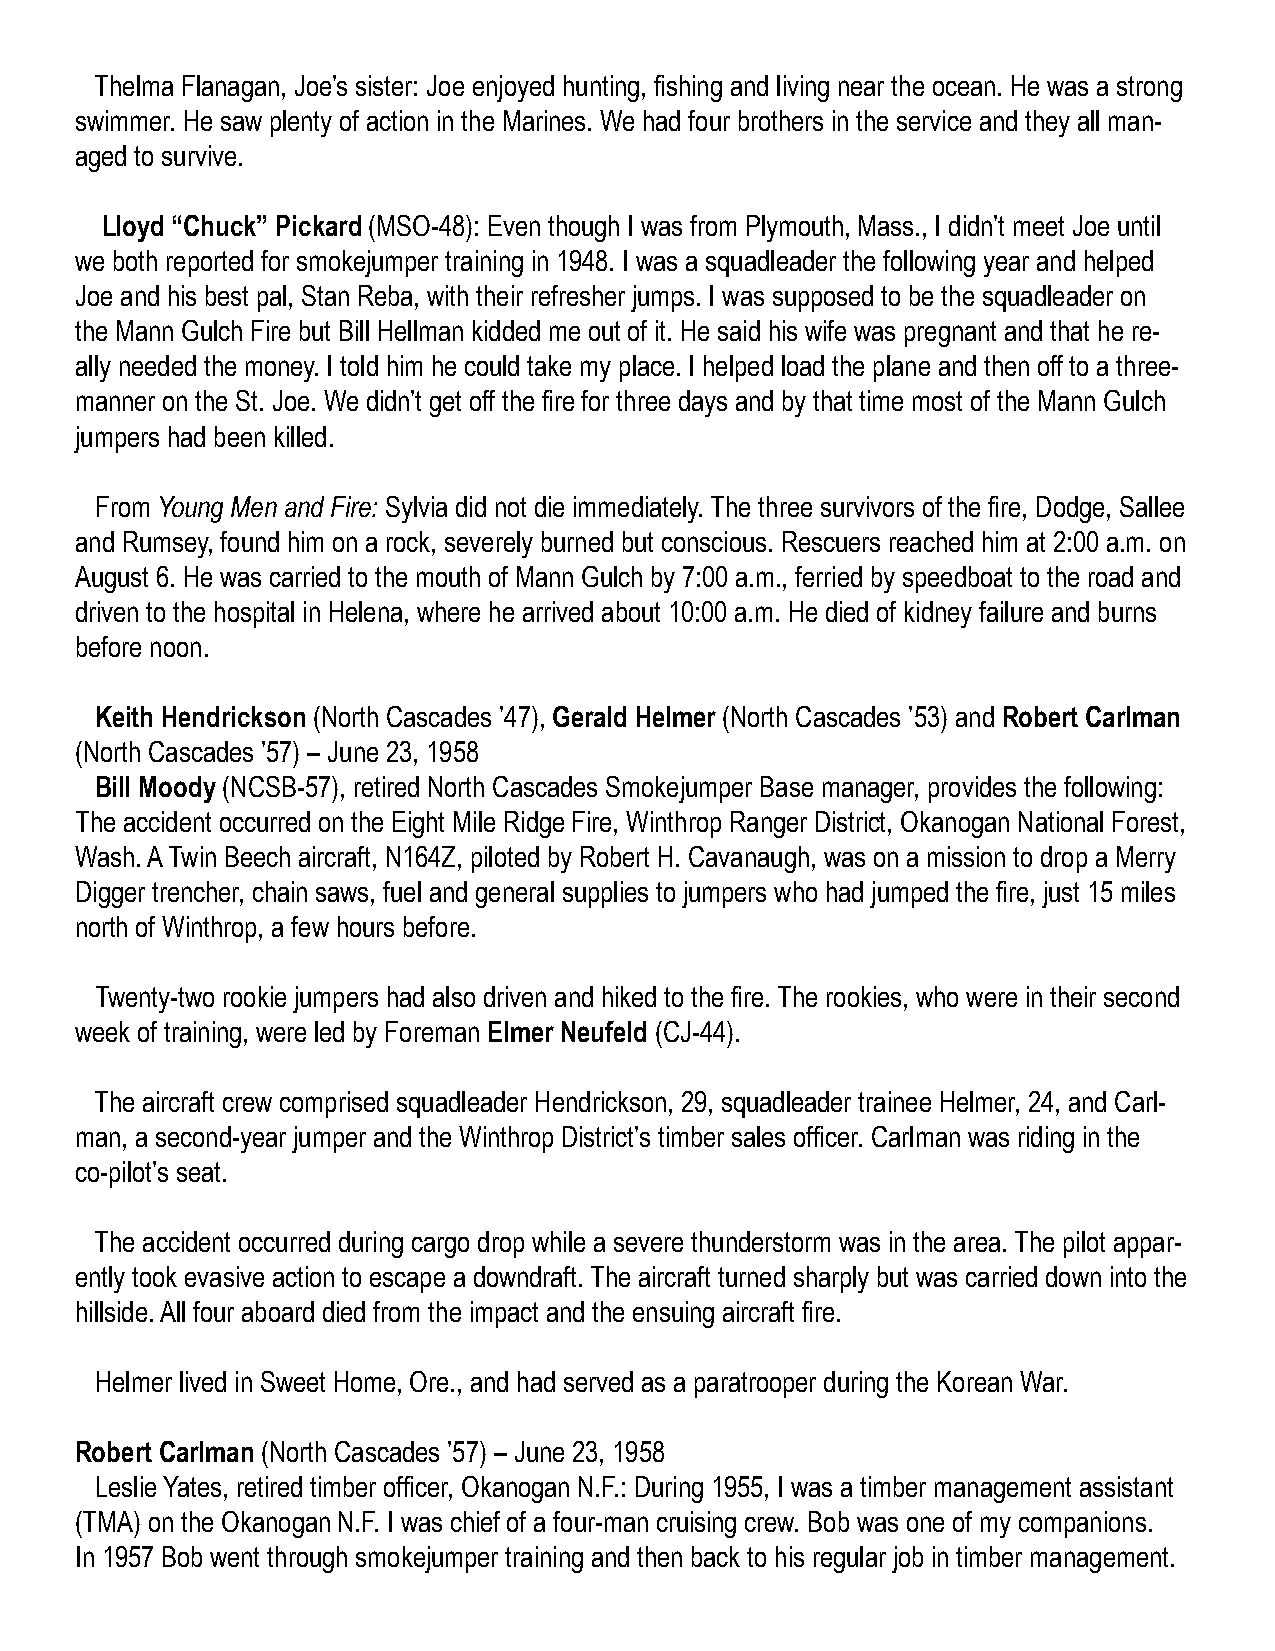
Thelma Flanagan, Joe’s sister: Joe enjoyed hunting, fishing and living near the ocean. He was a strong
 swimmer. He saw plenty of action in the Marines. We had four brothers in the service and they all man-
 aged to survive.
 Lloyd “Chuck” Pickard (MSO-48): Even though I was from Plymouth, Mass., I didn’t meet Joe until
 we both reported for smokejumper training in 1948. I was a squadleader the following year and helped
 Joe and his best pal, Stan Reba, with their refresher jumps. I was supposed to be the squadleader on
 the Mann Gulch Fire but Bill Hellman kidded me out of it. He said his wife was pregnant and that he re-
 ally needed the money. I told him he could take my place. I helped load the plane and then off to a three-
 manner on the St. Joe. We didn’t get off the fire for three days and by that time most of the Mann Gulch
 jumpers had been killed.
 From Young Men and Fire: Sylvia did not die immediately. The three survivors of the fire, Dodge, Sallee
 and Rumsey, found him on a rock, severely burned but conscious. Rescuers reached him at 2:00 a.m. on
 August 6. He was carried to the mouth of Mann Gulch by 7:00 a.m., ferried by speedboat to the road and
 driven to the hospital in Helena, where he arrived about 10:00 a.m. He died of kidney failure and burns
 before noon.
 Keith Hendrickson (North Cascades ’47), Gerald Helmer (North Cascades ’53) and Robert Carlman
 (North Cascades ’57) – June 23, 1958
 Bill Moody (NCSB-57), retired North Cascades Smokejumper Base manager, provides the following:
 The accident occurred on the Eight Mile Ridge Fire, Winthrop Ranger District, Okanogan National Forest,
 Wash. A Twin Beech aircraft, N164Z, piloted by Robert H. Cavanaugh, was on a mission to drop a Merry
 Digger trencher, chain saws, fuel and general supplies to jumpers who had jumped the fire, just 15 miles
 north of Winthrop, a few hours before.
 Twenty-two rookie jumpers had also driven and hiked to the fire. The rookies, who were in their second
 week of training, were led by Foreman Elmer Neufeld (CJ-44).
 The aircraft crew comprised squadleader Hendrickson, 29, squadleader trainee Helmer, 24, and Carl-
 man, a second-year jumper and the Winthrop District’s timber sales officer. Carlman was riding in the
 co-pilot’s seat.
 The accident occurred during cargo drop while a severe thunderstorm was in the area. The pilot appar-
 ently took evasive action to escape a downdraft. The aircraft turned sharply but was carried down into the
 hillside. All four aboard died from the impact and the ensuing aircraft fire.
 Helmer lived in Sweet Home, Ore., and had served as a paratrooper during the Korean War.
 Robert Carlman (North Cascades ’57) – June 23, 1958
 Leslie Yates, retired timber officer, Okanogan N.F.: During 1955, I was a timber management assistant
 (TMA) on the Okanogan N.F. I was chief of a four-man cruising crew. Bob was one of my companions.
 In 1957 Bob went through smokejumper training and then back to his regular job in timber management.